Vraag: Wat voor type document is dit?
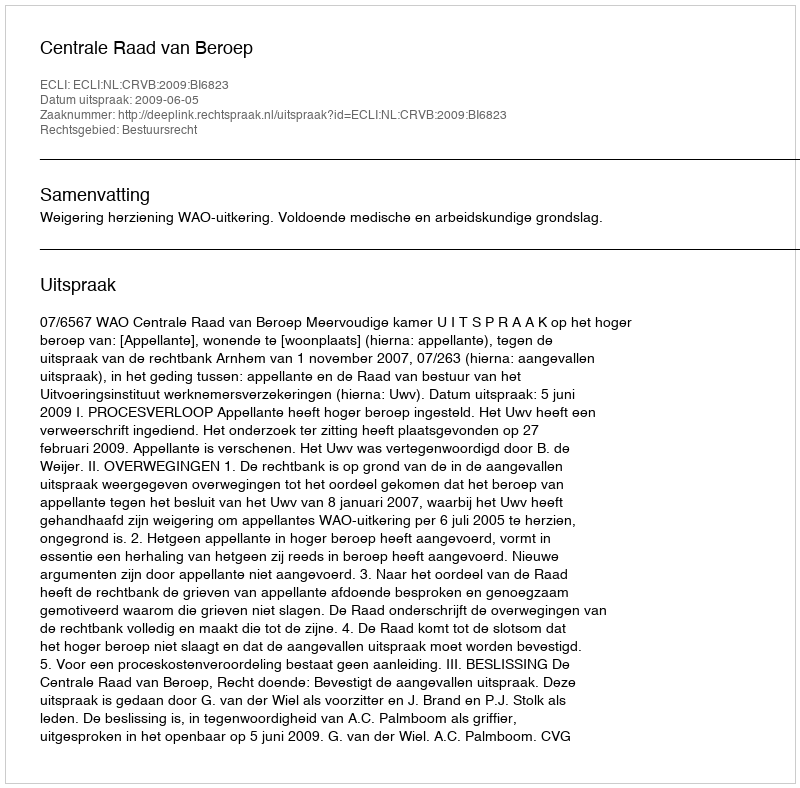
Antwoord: Uitspraak